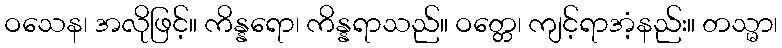
ဝသေန၊ အလိုဖြင့်။ ကိန္နရော၊ ကိန္နရာသည်။ ဝတ္တေ၊ ကျင့်ရာအံ့နည်း။ တသ္မာ၊